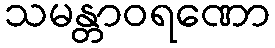
သမန္တာဝရဏော